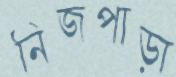
নিজপাড়া